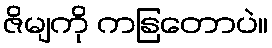
ဇိမျကို ကနြတောပဲ။